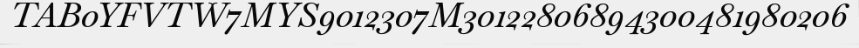
TAB0YFVTW7MYS9012307M30122806894300481980206